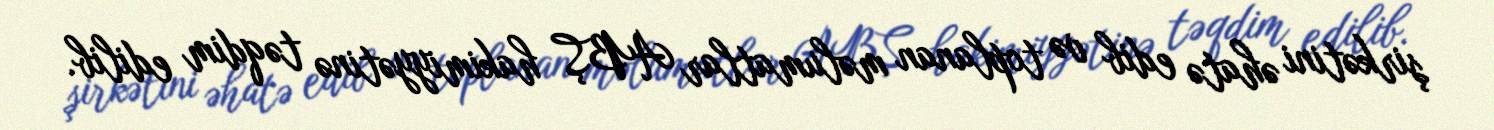
şirkətini əhatə edib və toplanan məlumatlar ABŞ hakimiyyətinə təqdim edilib.